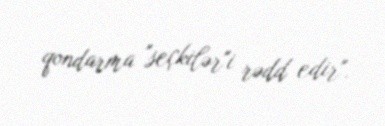
qondarma "seçkilər"i rədd edir".